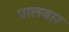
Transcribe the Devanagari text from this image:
पालवार